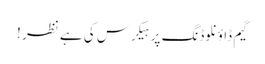
گیم ڈاؤنلوڈنگ پر ہیکرس کی ہے نظر !